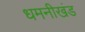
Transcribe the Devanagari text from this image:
धमनीखंड